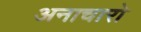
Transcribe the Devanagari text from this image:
अनाचारो